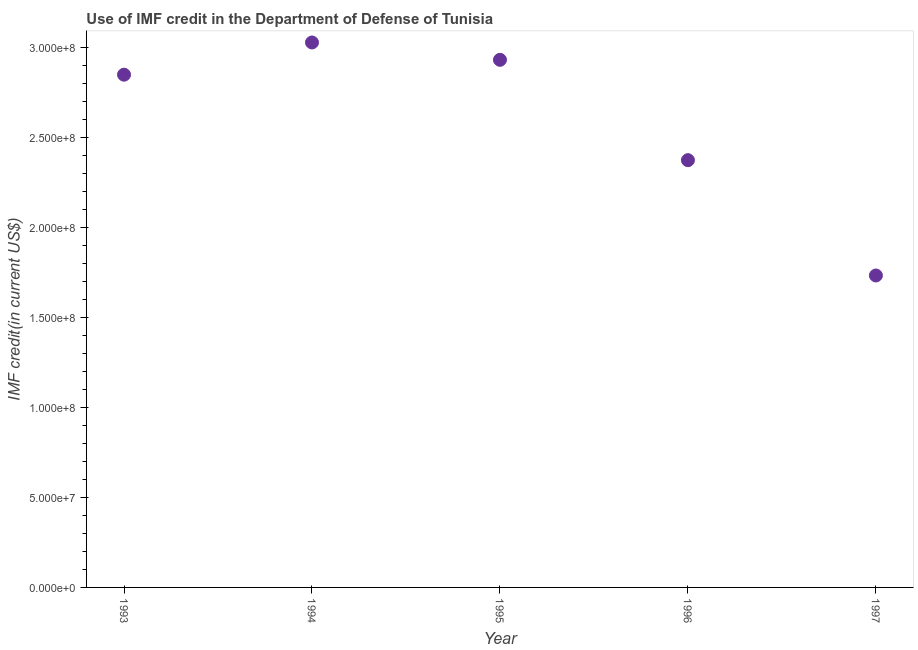
| Year | Use of IMF credit (DOD |
 | --- | --- |
 | 1993 | 2.85e+08 |
 | 1994 | 3.03e+08 |
 | 1995 | 2.93e+08 |
 | 1996 | 2.37e+08 |
 | 1997 | 1.73e+08 |